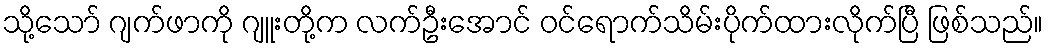
သို့သော် ဂျက်ဖာကို ဂျူးတို့က လက်ဦးအောင် ဝင်ရောက်သိမ်းပိုက်ထားလိုက်ပြီ ဖြစ်သည်။